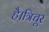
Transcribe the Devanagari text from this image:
है।त्रिचूर